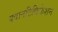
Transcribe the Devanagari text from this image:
क्वानटिफिकेशन